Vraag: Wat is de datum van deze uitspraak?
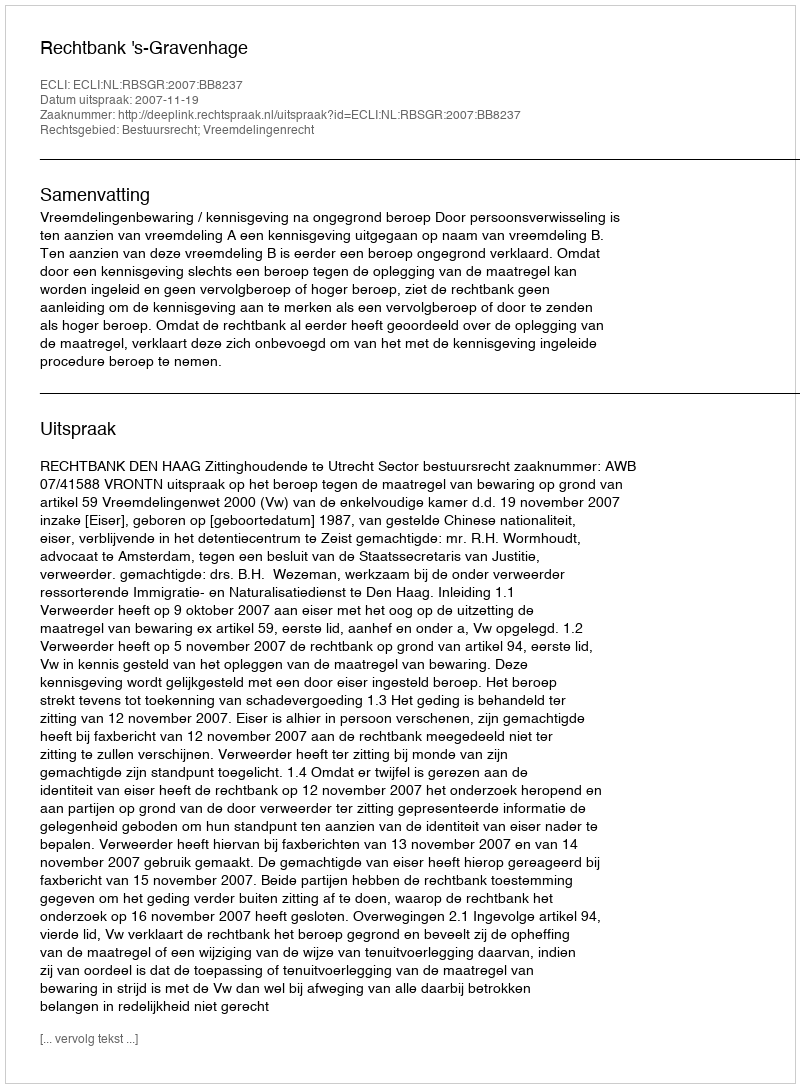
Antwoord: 2007-11-19